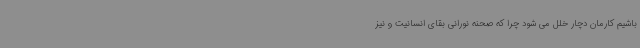
باشیم کارمان دچار خلل می شود چرا که صحنه نورانی بقای انسانیت و نیز